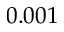
0 . 0 0 1